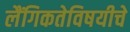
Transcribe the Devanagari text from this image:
लैंगिकतेविषयीचे